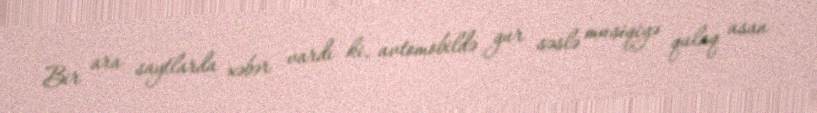
Bir ara saytlarda xəbər vardı ki, avtomobildə gur səslə musiqiyə qulaq asan